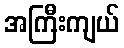
အကြီးကျယ်